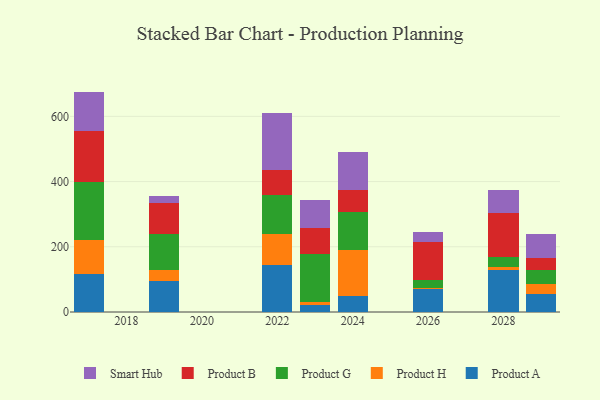
{"axis": {"x": "Year", "y": "Humidity (%)"}, "legend": ["Product A", "Product B", "Product G", "Product H", "Smart Hub"], "data": [{"x": "2017", "y": 117.6, "type": "Product A"}, {"x": "2017", "y": 102.0, "type": "Product H"}, {"x": "2017", "y": 179.3, "type": "Product G"}, {"x": "2017", "y": 155.4, "type": "Product B"}, {"x": "2017", "y": 121.6, "type": "Smart Hub"}, {"x": "2026", "y": 69.1, "type": "Product A"}, {"x": "2026", "y": 5.9, "type": "Product H"}, {"x": "2026", "y": 23.9, "type": "Product G"}, {"x": "2026", "y": 114.8, "type": "Product B"}, {"x": "2026", "y": 32.2, "type": "Smart Hub"}, {"x": "2023", "y": 20.7, "type": "Product A"}, {"x": "2023", "y": 10.4, "type": "Product H"}, {"x": "2023", "y": 145.8, "type": "Product G"}, {"x": "2023", "y": 80.4, "type": "Product B"}, {"x": "2023", "y": 86.9, "type": "Smart Hub"}, {"x": "2029", "y": 56.3, "type": "Product A"}, {"x": "2029", "y": 28.5, "type": "Product H"}, {"x": "2029", "y": 45.4, "type": "Product G"}, {"x": "2029", "y": 35.6, "type": "Product B"}, {"x": "2029", "y": 71.9, "type": "Smart Hub"}, {"x": "2028", "y": 130.1, "type": "Product A"}, {"x": "2028", "y": 8.3, "type": "Product H"}, {"x": "2028", "y": 30.2, "type": "Product G"}, {"x": "2028", "y": 136.0, "type": "Product B"}, {"x": "2028", "y": 69.5, "type": "Smart Hub"}, {"x": "2019", "y": 93.7, "type": "Product A"}, {"x": "2019", "y": 33.7, "type": "Product H"}, {"x": "2019", "y": 112.6, "type": "Product G"}, {"x": "2019", "y": 95.0, "type": "Product B"}, {"x": "2019", "y": 19.8, "type": "Smart Hub"}, {"x": "2024", "y": 48.2, "type": "Product A"}, {"x": "2024", "y": 143.2, "type": "Product H"}, {"x": "2024", "y": 115.0, "type": "Product G"}, {"x": "2024", "y": 67.1, "type": "Product B"}, {"x": "2024", "y": 117.0, "type": "Smart Hub"}, {"x": "2022", "y": 143.8, "type": "Product A"}, {"x": "2022", "y": 96.4, "type": "Product H"}, {"x": "2022", "y": 118.8, "type": "Product G"}, {"x": "2022", "y": 75.3, "type": "Product B"}, {"x": "2022", "y": 177.4, "type": "Smart Hub"}]}